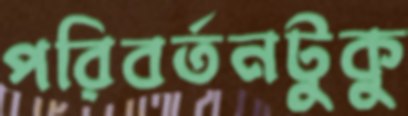
পরিবর্তনটুকু